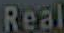
Real